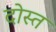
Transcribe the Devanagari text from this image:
दोस्त